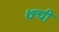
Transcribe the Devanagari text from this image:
७ची